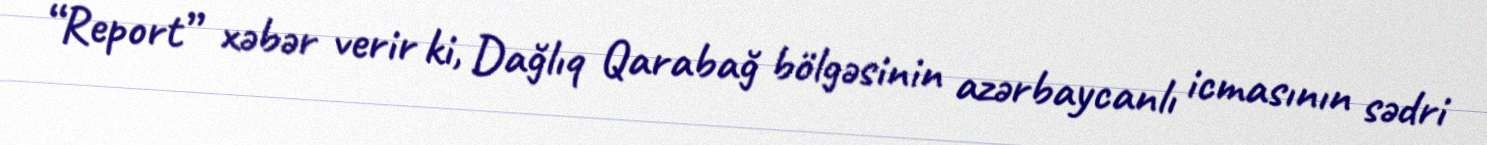
“Report” xəbər verir ki, Dağlıq Qarabağ bölgəsinin azərbaycanlı icmasının sədri